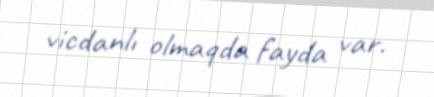
vicdanlı olmaqda fayda var.